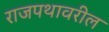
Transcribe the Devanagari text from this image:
राजपथावरील